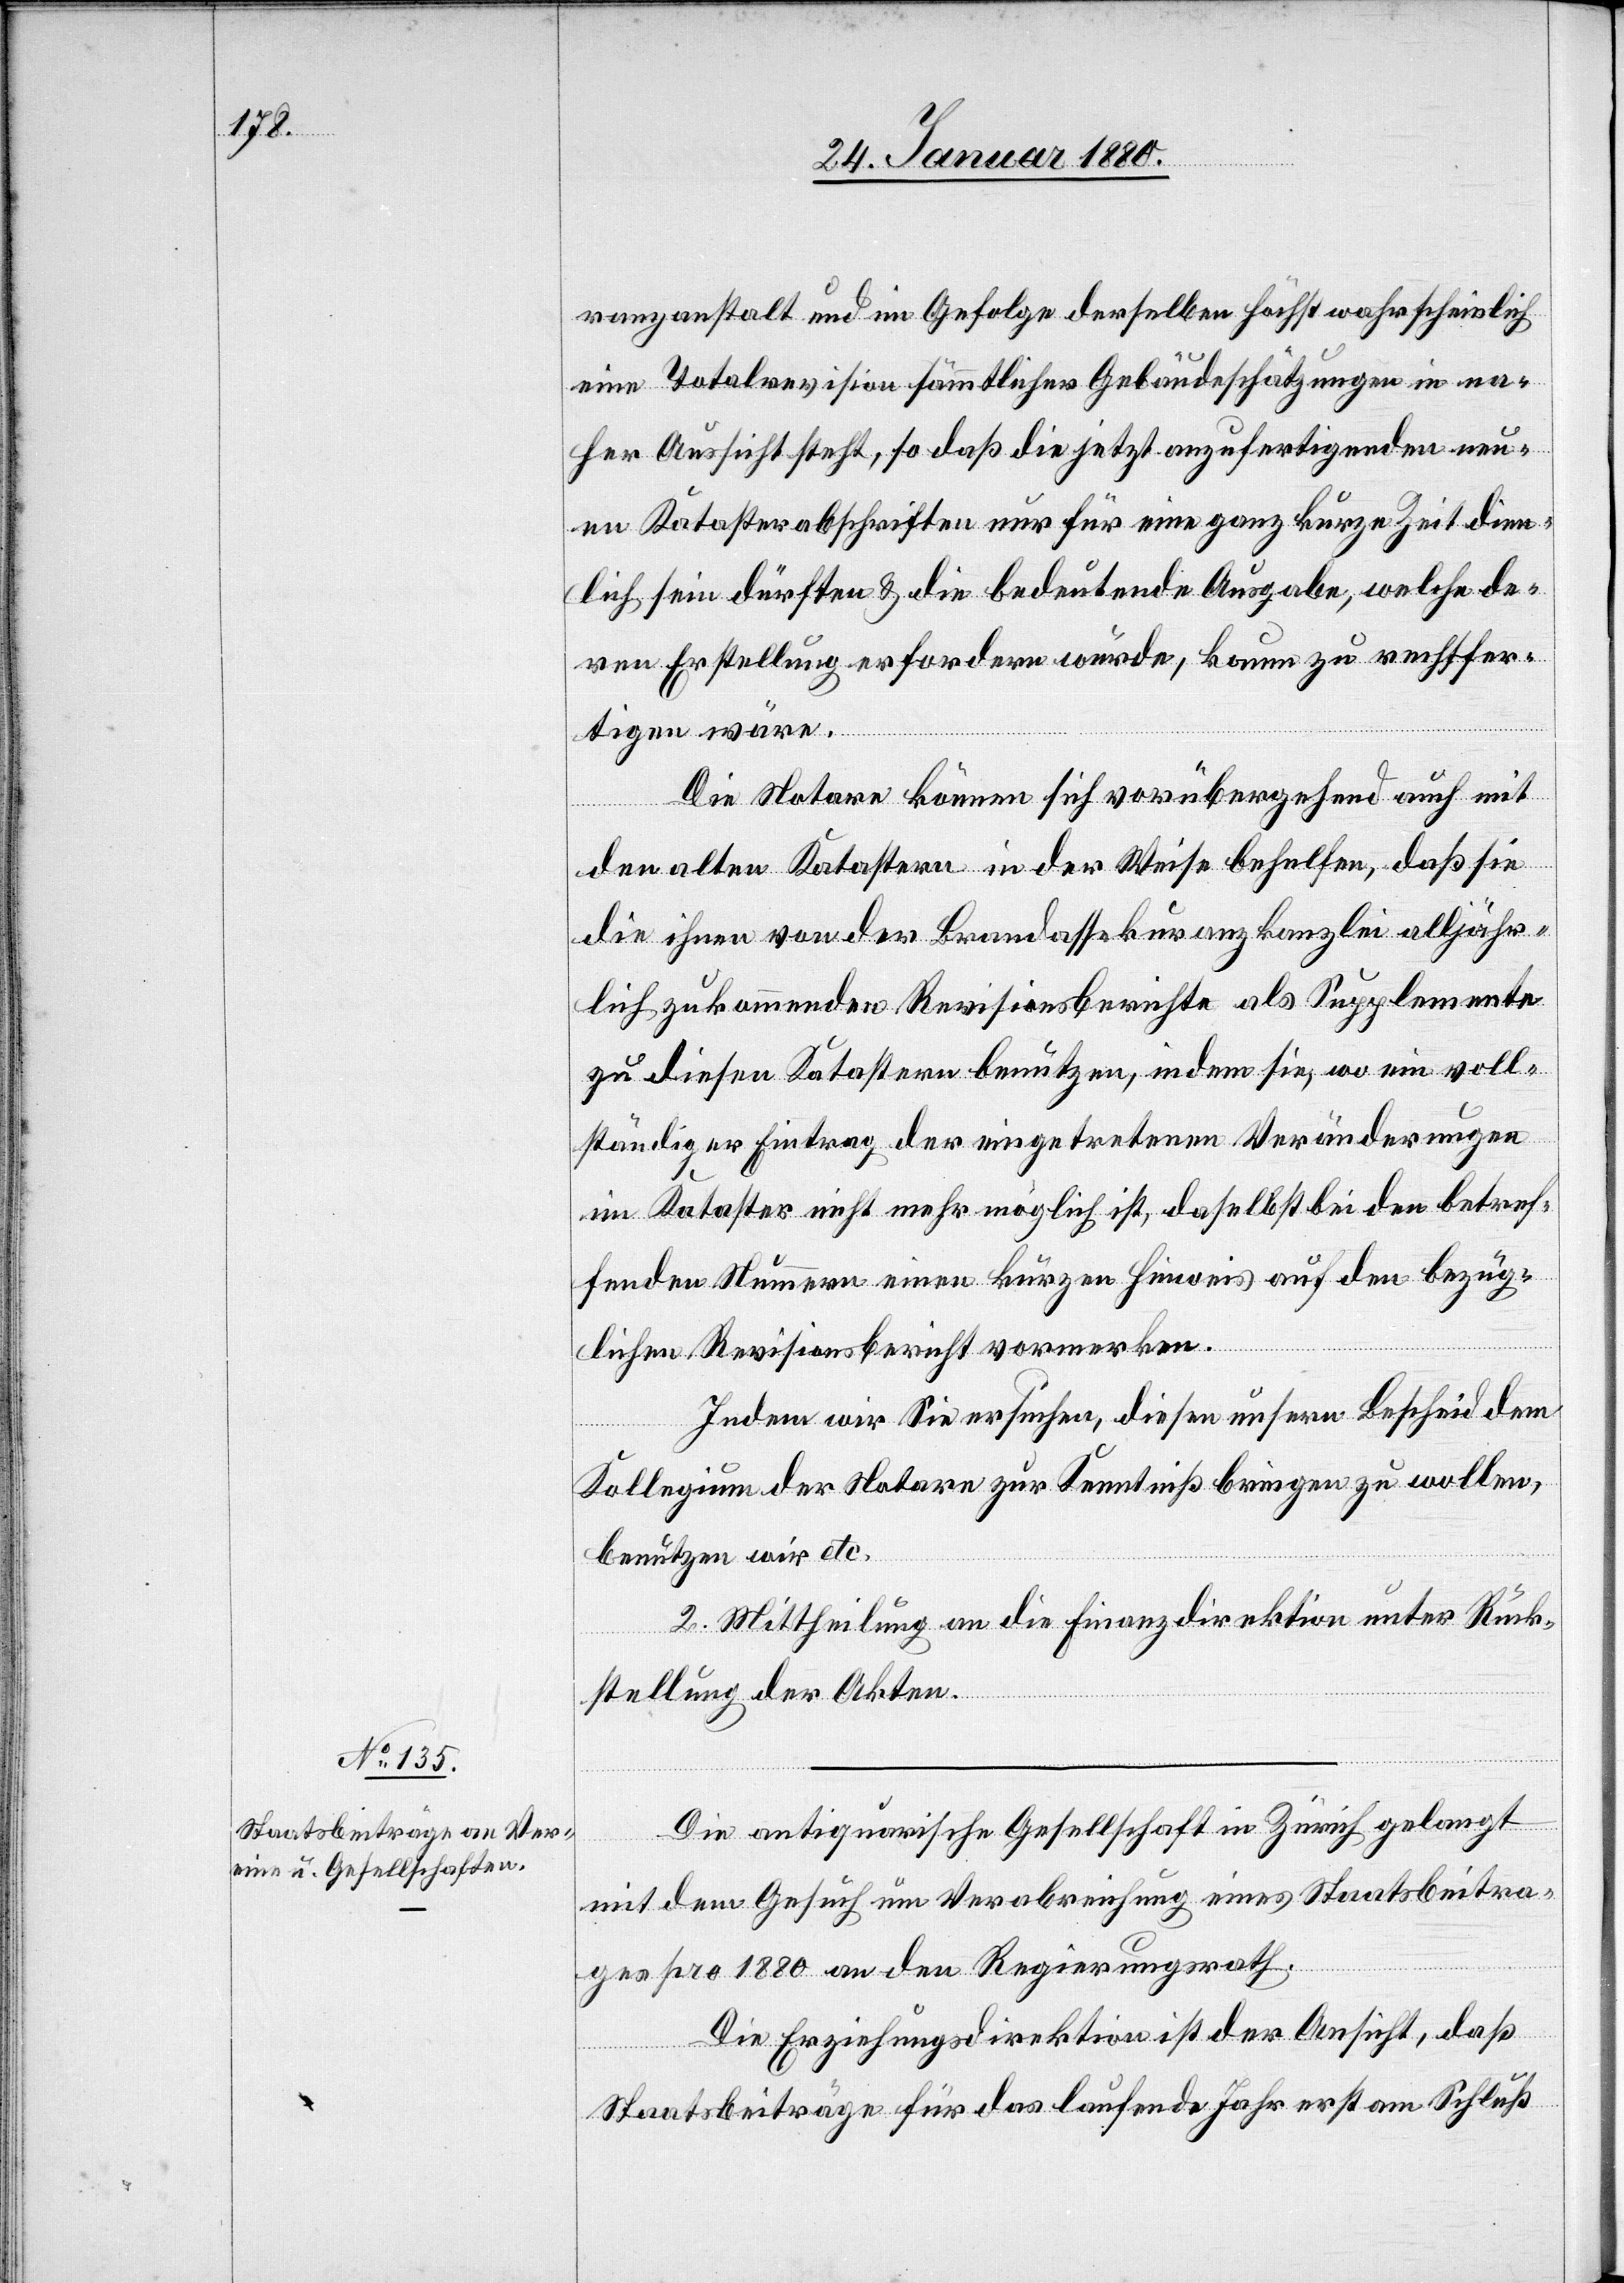
ranzanstalt und in Gefolge derselben höchst wahrscheinlich
eine Totalrevision sämmtlicher Gebäudeschätzungen in na¬
her Aussicht steht, so daß die jetzt anzufertigenden neu¬
en Katasterabschriften nur für eine ganz kurze Zeit dien¬
lich sein dürften & die bedeutende Ausgabe, welche de¬
ren Erstellung erfordern würde, kaum zu rechtfer¬
tigen wäre.
Die Notare können sich vorübergehend auch mit
den alten Katastern in der Weise behelfen, daß sie
die ihnen von der Brandassekuranzkanzlei alljähr¬
lich zukommenden Revisionsberichte als Supplemente
zu diesen Katastern benutzen, indem sie, wo ein voll¬
ständiger Eintrag der eingetretenen Veränderungen
im Kataster nicht mehr möglich ist, daselbst bei den betref¬
fenden Nummern einen kurzen Hinweis auf den bezüg¬
lichen Revisionsbericht vormerken.
Indem wir Sie ersuchen, diesen unsern Bescheid dem
Kollegium der Notare zur Kenntnis bringen zu wollen,
benutzen wir etc.
2. Mittheilung an die Finanzdirektion unter Rück¬
stellung der Akten.
Die antiquarische Gesellschaft in Zürich gelangt
mit dem Gesuch um Verabreichung eines Staatsbeitra¬
ges pro 1880 an den Regierungsrath.
Die Erziehungsdirektion ist der Ansicht, daß
Staatsbeiträge für das laufende Jahr erst am Schluß